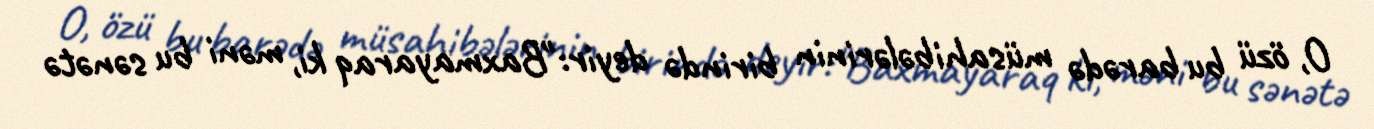
O, özü bu barədə müsahibələrinin birində deyir:"Baxmayaraq ki, məni bu sənətə